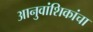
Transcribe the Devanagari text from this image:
आनुवांशिकांचा